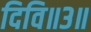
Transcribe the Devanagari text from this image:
दिवि॥३॥